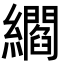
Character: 䌪